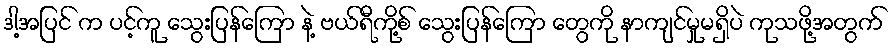
ဒါ့အပြင် က ပင့်ကူ သွေးပြန်ကြော နဲ့ ဗယ်ရီကို့စ် သွေးပြန်ကြော တွေကို နာကျင်မှုမရှိပဲ ကုသဖို့အတွက်